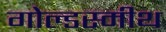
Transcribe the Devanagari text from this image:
गोल्डस्मीथ